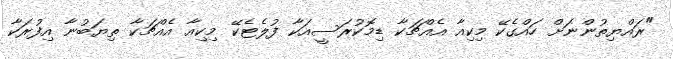
"ރައްޔިތުންނަށް ހައްގެކޭ މިކިއާ އެއްޗަކާ ޑިމޮކުރަސީއަކާ ފުލެޓެކޭ މިކިއާ އެއްޗަކާ ތިޔަބުނާ އިފުރަކާ